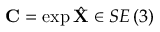
\mathbf { C } = \exp \hat { \mathbf { X } } \in S E \left( 3 \right)